Quinine and its salts - Number 41
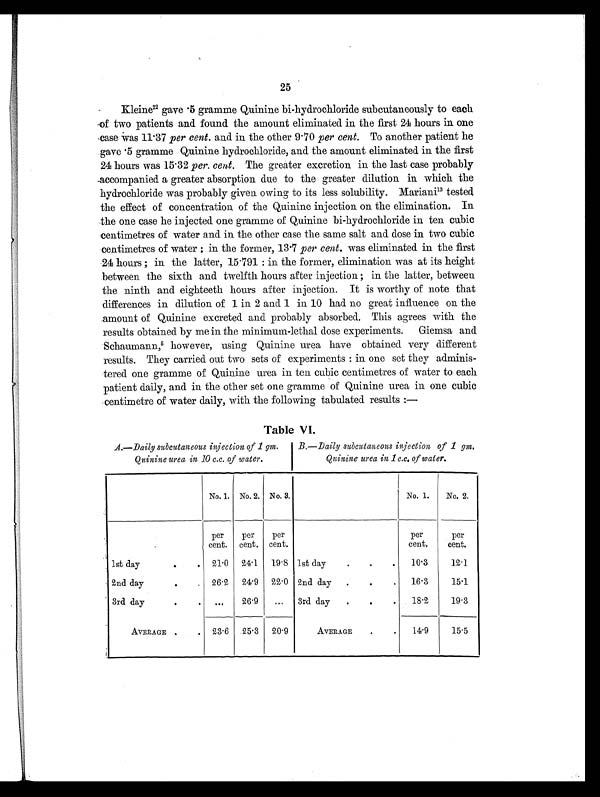
25
Kleine2 2
g a v e . 5 g r a m m e Q u i n i n e b i - h y d r o c h l o r i d e s u b c u t a n e o u s l y t o e a c h
of two patients and found the amount eliminated in the first 24 hours in one
case was 11.37 per cent. and in the other 9.70 per cent. To another patient he
gave .5 gramme Quinine hydrochloride, and the amount eliminated in the first
24 hours was 15.32 per. cent. The greater excretion in the last case probably
accompanied a greater absorption due to the greater dilution in which the
hydrochloride was probably given owing to its less solubility. Mariani13 tested
the effect of concentration of the Quinine injection on the elimination. In
the one case he injected one gramme of Quinine bi-hydrochloride in ten cubic
centimetres of water and in the other case the same salt and dose in two cubic
centimetres of water: in the former, 13.7 per cent. was eliminated in the first
24 hours; in the latter, 15.791: in the former, elimination was at its height
between the sixth and twelfth hours after injection; in the latter, between
the ninth and eighteeth hours after injection. It is worthy of note that
differences in dilution of 1 in 2 and 1 in 10 had no great influence on the
amount of Quinine excreted and probably absorbed. This agrees with the
results obtained by me in the minimum-lethal dose experiments. Giemsa and
Schaumann,5 h o w e v e r , u s i n g Q u i n i n e u r e a h a v e o b t a i n e d v e r y d i f f e r e n t
results. They carried out two sets of experiments: in one set they adminis-
tered one gramme of Quinine urea in ten cubic centimetres of water to each
patient daily, and in the other set one gramme of Quinine urea in one cubic
centimetre of water daily, with the following tabulated results :
—
Table VI.
A.—Daily subcutaneous injection of 1 gm.
Quinine urea in 10 c.c. of water.
B.—Daily subcutaneous injection of 1 gm.
Quinine urea in 1 c.c. of water.
No. 1. No. 2. No. 3.
No. 1.
No. 2.
per
cent.
per
cent.
per
cent.
per
cent.
per
cent.
1st day
.
. 21.0 24.1 19.8 1st day .
.
.
10.3
12.1
2nd day
.
. 26.2 24.9 22.0 2nd day .
.
.
16.3
15.1
3rd day
.
. ...
26.9
... 3rd day .
.
.
18.2
19.3
AVERAGE .
. 23.6 25.3 20.9
AVERAGE
.
.
14.9
15.5